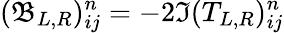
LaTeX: (\mathfrak{B}_{L,R})_{ij}^{n}=-2\Im(T_{L,R})_{ij}^{n}